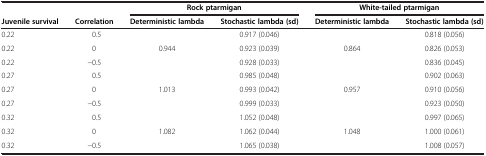
<table><thead><tr><td colspan="2"><b> </b></td><td colspan="2"><b>Rock ptarmigan</b></td><td colspan="2"><b>White-tailed ptarmigan</b></td></tr><tr><td><b>Juvenile survival</b></td><td><b>Correlation</b></td><td><b>Deterministic lambda</b></td><td><b>Stochastic lambda (sd)</b></td><td><b>Deterministic lambda</b></td><td><b>Stochastic lambda (sd)</b></td></tr></thead><tbody><tr><td>0.22</td><td>0.5</td><td> </td><td>0.917 (0.046)</td><td> </td><td>0.818 (0.056)</td></tr><tr><td>0.22</td><td>0</td><td>0.944</td><td>0.923 (0.039)</td><td>0.864</td><td>0.826 (0.053)</td></tr><tr><td>0.22</td><td>−0.5</td><td> </td><td>0.928 (0.033)</td><td> </td><td>0.836 (0.045)</td></tr><tr><td>0.27</td><td>0.5</td><td> </td><td>0.985 (0.048)</td><td> </td><td>0.902 (0.063)</td></tr><tr><td>0.27</td><td>0</td><td>1.013</td><td>0.993 (0.042)</td><td>0.957</td><td>0.910 (0.056)</td></tr><tr><td>0.27</td><td>−0.5</td><td> </td><td>0.999 (0.033)</td><td> </td><td>0.923 (0.050)</td></tr><tr><td>0.32</td><td>0.5</td><td> </td><td>1.052 (0.048)</td><td> </td><td>0.997 (0.065)</td></tr><tr><td>0.32</td><td>0</td><td>1.082</td><td>1.062 (0.044)</td><td>1.048</td><td>1.000 (0.061)</td></tr><tr><td>0.32</td><td>−0.5</td><td> </td><td>1.065 (0.038)</td><td> </td><td>1.008 (0.057)</td></tr></tbody></table>